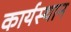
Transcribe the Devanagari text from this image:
कार्यस्‍थान